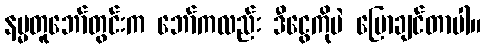
နမ္မတူဘော်တွင်းက ဘော်ကလည်း ဒီငွေကိုပဲ ပြောချင်တာပါ။